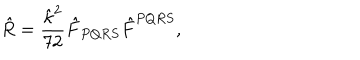
LaTeX: { \hat { R } = \frac { \hat { \kappa } ^ { 2 } } { 7 2 } \hat { F } _ { P Q R S } \hat { F } ^ { P Q R S } , }